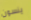
ينسون